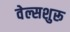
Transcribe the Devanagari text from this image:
वेल्सशुरू